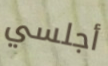
أجلسي